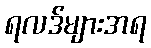
ရလဒ်များအရ